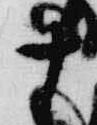
十